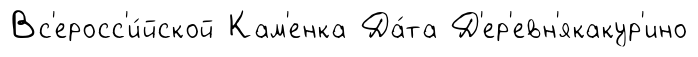
Вс'еросс'и́йской Кам'енка Да́та Д'ер'евн'якакур'ино